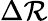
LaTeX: \Delta\mathcal{R}